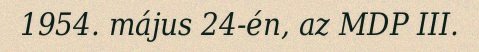
1954. május 24-én, az MDP III.